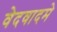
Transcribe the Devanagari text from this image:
वेदवादमे